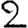
Digit: 2